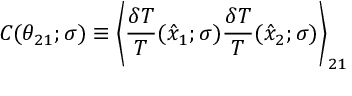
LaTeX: C ( \theta _ { 2 1 } ; \sigma ) \equiv \left\langle { \frac { \delta T } { T } } ( \hat { x } _ { 1 } ; \sigma ) { \frac { \delta T } { T } } ( \hat { x } _ { 2 } ; \sigma ) \right\rangle _ { 2 1 }